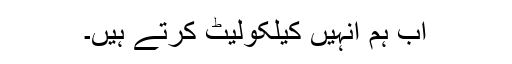
اب ہم انہیں کیلکولیٹ کرتے ہیں۔